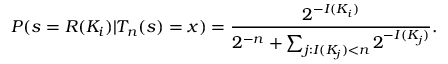
P ( s = R ( K _ { i } ) | T _ { n } ( s ) = x ) = { \frac { 2 ^ { - I ( K _ { i } ) } } { 2 ^ { - n } + \sum _ { j : I ( K _ { j } ) < n } 2 ^ { - I ( K _ { j } ) } } } .